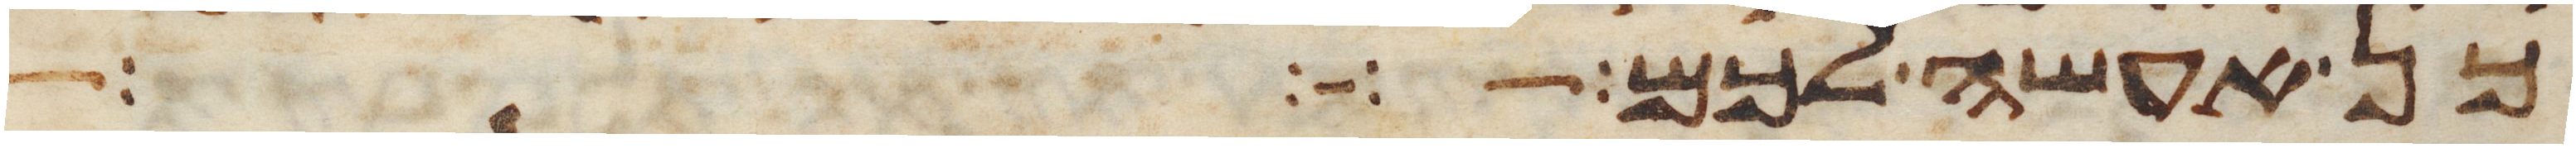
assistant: כן אעשה לכם